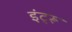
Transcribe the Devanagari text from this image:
इंट्रू